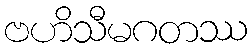
ဗဟိသီမဂတဿ